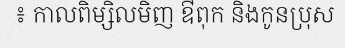
៖ កាលពិម្សិលមិញ ឳពុក និងកូនប្រុស